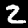
Digit: 2